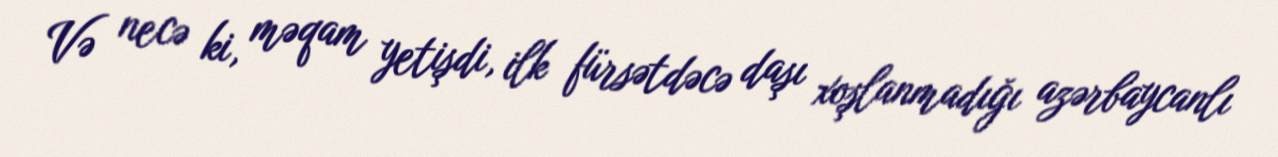
Və necə ki, məqam yetişdi, ilk fürsətdəcə daşı xoşlanmadığı azərbaycanlı